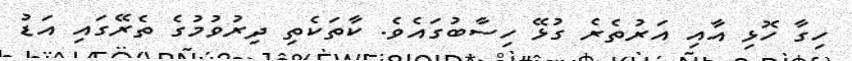
ހިގާ ހޮޅި އާއި އަރުތެރެ ގުޅޭ ހިސާބުގައެވެ. ކާތަކެތި ދިރުވުމުގެ ތެރޭގައި އަޑު